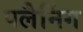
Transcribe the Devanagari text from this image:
पलैनिंग